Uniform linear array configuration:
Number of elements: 12
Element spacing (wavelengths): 1
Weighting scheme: hann
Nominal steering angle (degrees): -15
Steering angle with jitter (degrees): -16.007
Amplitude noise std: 0.05
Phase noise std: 0.05

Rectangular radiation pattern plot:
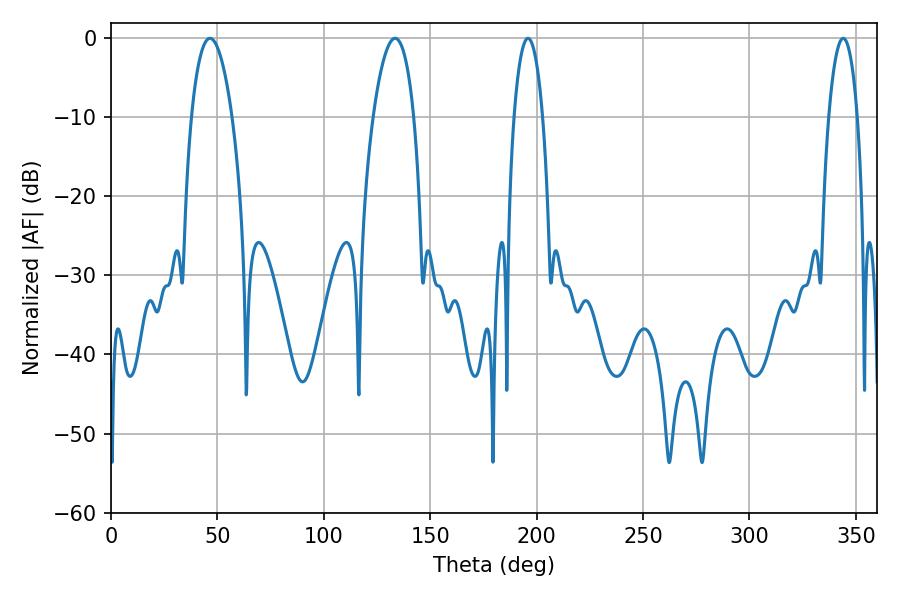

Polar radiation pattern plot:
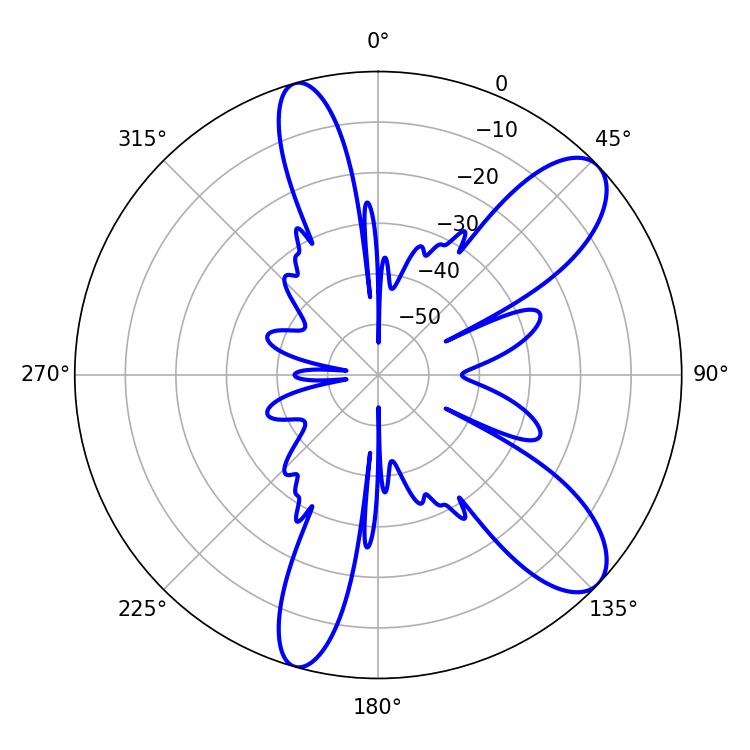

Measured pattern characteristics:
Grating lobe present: TRUE
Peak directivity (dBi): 9.748
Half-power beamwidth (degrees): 10.62
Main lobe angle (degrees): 46.44